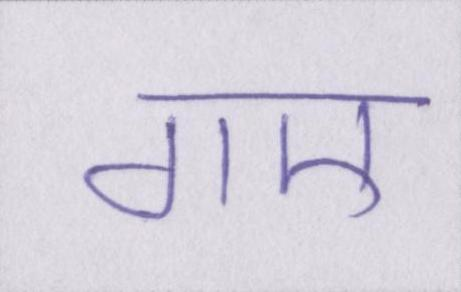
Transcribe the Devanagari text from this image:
गए